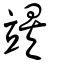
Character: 竢